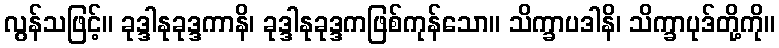
လွန်သဖြင့်။ ခုဒ္ဒါနုခုဒ္ဒကာနိ၊ ခုဒ္ဒါနုခုဒ္ဒကဖြစ်ကုန်သော။ သိက္ခာပဒါနိ၊ သိက္ခာပုဒ်တို့ကို။